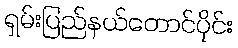
ရှမ်းပြည်နယ်တောင်ပိုင်း